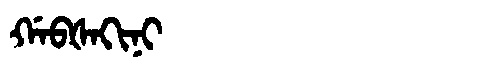
Manchu: ᡤᠠᠪᡧᠠᡴᡳᠨᡳ
Romanization: GABŠAKINI